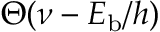
\Theta ( \nu - E _ { \mathrm { b } } / h )